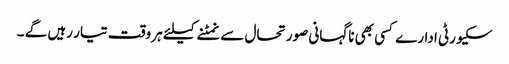
سکیورٹی ادارے کسی بھی ناگہانی صورتحال سے نمٹنے کیلئے ہر وقت تیار رہیں گے ۔